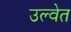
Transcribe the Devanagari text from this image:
उल्वेत